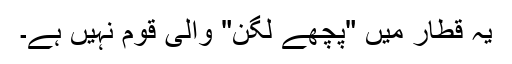
یہ قطار میں "پچھے لگّن" والی قوم نہیں ہے۔